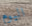
اليوم